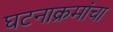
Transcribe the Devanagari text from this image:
घटनाक्रमांचा